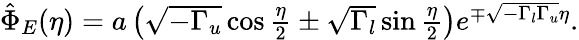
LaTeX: \begin{array}{r}{\hat{\Phi}_{E}(\eta)=a\left(\sqrt{-\Gamma_{u}}\cos\frac{\eta}{2}\pm\sqrt{\Gamma_{l}}\sin\frac{\eta}{2}\right)e^{\mp\sqrt{-\Gamma_{l}\Gamma_{u}}\eta}.}\end{array}